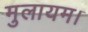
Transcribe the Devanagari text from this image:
मुलायम।